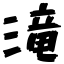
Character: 滝